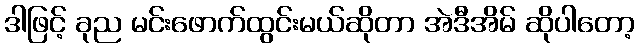
ဒါဖြင့် ခုည မင်းဖောက်ထွင်းမယ်ဆိုတာ အဲဒီအိမ် ဆိုပါတော့